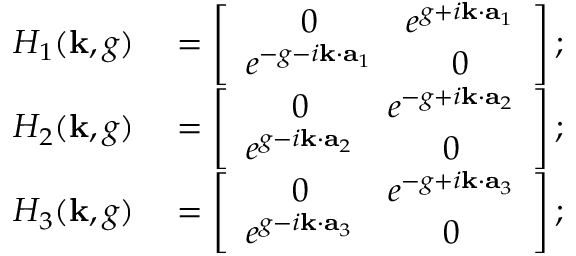
\begin{array} { r l } { H _ { 1 } ( { \bf k } , g ) } & { { } = \left[ \begin{array} { c c } { 0 } & { e ^ { g + i { \bf k } \cdot { \bf a } _ { 1 } } } \\ { e ^ { - g - i { \bf k } \cdot { \bf a } _ { 1 } } } & { 0 } \end{array} \right] ; } \\ { H _ { 2 } ( { \bf k } , g ) } & { { } = \left[ \begin{array} { c c } { 0 } & { e ^ { - g + i { \bf k } \cdot { \bf a } _ { 2 } } } \\ { e ^ { g - i { \bf k } \cdot { \bf a } _ { 2 } } } & { 0 } \end{array} \right] ; } \\ { H _ { 3 } ( { \bf k } , g ) } & { { } = \left[ \begin{array} { c c } { 0 } & { e ^ { - g + i { \bf k } \cdot { \bf a } _ { 3 } } } \\ { e ^ { g - i { \bf k } \cdot { \bf a } _ { 3 } } } & { 0 } \end{array} \right] ; } \end{array}